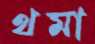
থমা